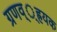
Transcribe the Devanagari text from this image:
ग्रणव््ह्रयक